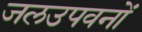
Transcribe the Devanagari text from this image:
जलउपवनों